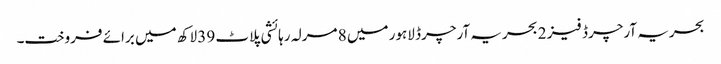
بحریہ آرچرڈ فیز 2 بحریہ آرچرڈ لاہور میں 8 مرلہ رہائشی پلاٹ 39 لاکھ میں برائے فروخت۔